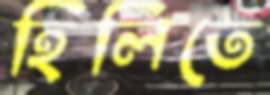
হিলিতে